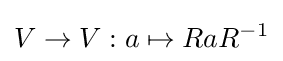
V\to V:a\mapsto RaR^{-1}